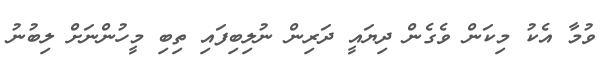
ވުމާ އެކު މިކަން ވެގެން ދިޔައީ ދަރިން ނުލިބިފައި ތިބި މީހުންނަށް ލިބުނު